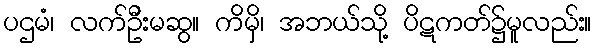
ပဌမံ၊ လက်ဦးမဆွ။ ကိမှိ၊ အဘယ်သို့ ပိဋကတ်၌မူလည်း။